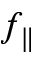
f _ { \parallel }